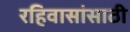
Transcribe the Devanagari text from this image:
रहिवासांसाठी